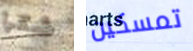
شكرا تمسكين